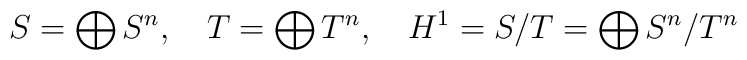
S=\bigoplus S^n,\quad   T=\bigoplus T^n,\quad  H^1=S/T=\bigoplus S^n/T^n